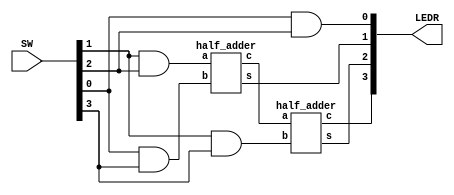
module iki_bit_carpici(SW,LEDR);

	input[3:0] SW;
	output[3:0]LEDR;
	
	half_adder ha1((SW[1] & SW[2]),(SW[0] & SW[3]),s1,c1);
	half_adder ha2(c1,(SW[1]& SW[3]),s2,c2);
	assign LEDR[0] = SW[0] & SW[2];
	assign LEDR[1] = s1;
	assign LEDR[2] = s2;
	assign LEDR[3] = c2;
	
endmodule

module half_adder(a,b,s,c);
		input a,b;
		output s,c;
		assign s= a^b;
		assign c=a&b;

endmodule